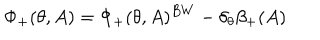
LaTeX: \Phi _ { + } ( \theta , A ) = \Phi _ { + } ( \theta , A ) ^ { B W } - \delta _ { \theta } \beta _ { + } ( A )